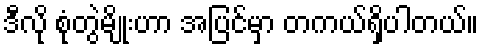
ဒီလို စုံတွဲမျိုးဟာ အပြင်မှာ တကယ်ရှိပါတယ်။